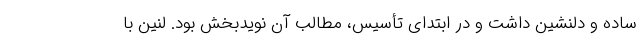
ساده و دلنشین داشت و در ابتدای تأسیس، مطالب آن نویدبخش بود. لنین با